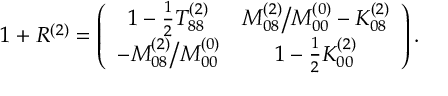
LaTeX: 1 + R ^ { ( 2 ) } = \left( \begin{array} { c c } { { 1 - \frac { 1 } { 2 } T _ { 8 8 } ^ { ( 2 ) } } } & { { M _ { 0 8 } ^ { ( 2 ) } \big / M _ { 0 0 } ^ { ( 0 ) } - K _ { 0 8 } ^ { ( 2 ) } } } \\ { { - M _ { 0 8 } ^ { ( 2 ) } \big / M _ { 0 0 } ^ { ( 0 ) } } } & { { 1 - \frac { 1 } { 2 } K _ { 0 0 } ^ { ( 2 ) } } } \end{array} \right) .